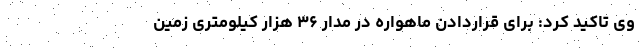
وی تاکید کرد: برای قراردادن ماهواره در مدار ۳۶ هزار کیلومتری زمین